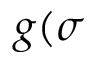
g ( \sigma